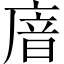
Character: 𢉩